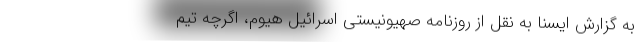
به گزارش ایسنا به نقل از روزنامه صهیونیستی اسرائیل هیوم، اگرچه تیم